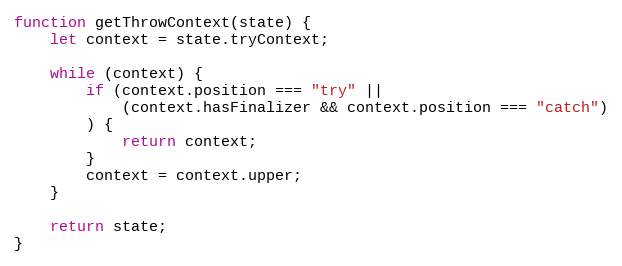
Language: JavaScript
function getThrowContext(state) {
    let context = state.tryContext;

    while (context) {
        if (context.position === "try" ||
            (context.hasFinalizer && context.position === "catch")
        ) {
            return context;
        }
        context = context.upper;
    }

    return state;
}